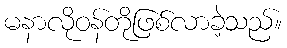
မနာလိုဝန်တိုဖြစ်လာခဲ့သည်။